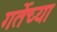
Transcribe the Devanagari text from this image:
गर्तेच्या